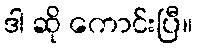
ဒါ ဆို ကောင်းပြီ။